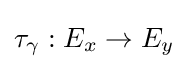
\tau _{\gamma }:E_{x}\to E_{y}